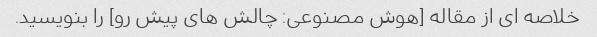
خلاصه ای از مقاله [هوش مصنوعی: چالش های پیش رو] را بنویسید.